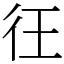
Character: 彺